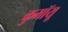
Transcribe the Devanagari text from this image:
कुमॉयू